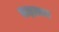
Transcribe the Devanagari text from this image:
बाइफ्रान